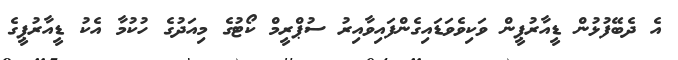
އެ ދެބޭފުޅުން ޑީއާރުޕީން ވަކިވެވަޑައިގެންފައިވާއިރު ސުޕްރީމް ކޯޓުގެ މިއަދުގެ ހުކުމާ އެކު ޑީއާރުޕީގެ